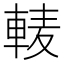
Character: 𨌐